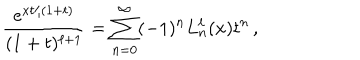
LaTeX: \frac { e ^ { x t / ( 1 + t ) } } { ( 1 + t ) ^ { \ell + 1 } } = \sum _ { n = 0 } ^ { \infty } ( - 1 ) ^ { n } L _ { n } ^ { \ell } ( x ) t ^ { n } \, ,